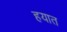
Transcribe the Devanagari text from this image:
हयात